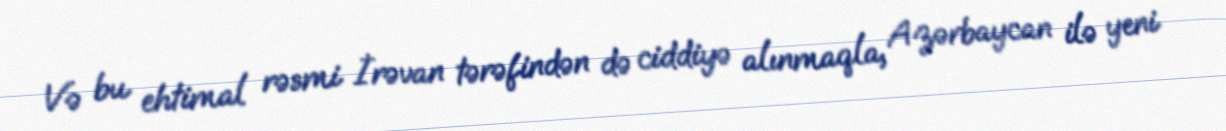
Və bu ehtimal rəsmi İrəvan tərəfindən də ciddiyə alınmaqla, Azərbaycan ilə yeni